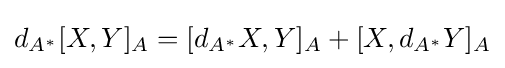
d_{A^{*}}[X,Y]_{A}=[d_{A^{*}}X,Y]_{A}+[X,d_{A^{*}}Y]_{A}